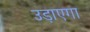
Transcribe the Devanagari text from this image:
उड़ाएगा